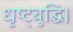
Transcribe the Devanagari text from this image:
धृष्ट्बुद्धि।